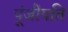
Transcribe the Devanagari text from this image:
पूंजीपति